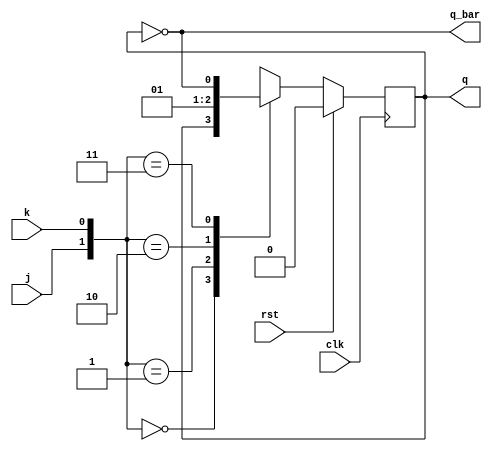
module jkflip(j,k,clk,rst,q,q_bar);
input j,k,clk,rst;
output reg q;
output q_bar;

always@(posedge clk)
  begin
    if(rst)
	 q<=1'b0;
     else 
case({j,k})
         2'b00:q<=q;
         2'b01:q<=1'b0;
         2'b10:q<=1'b1;
         2'b11:q<=~q;
       endcase
    end
	assign q_bar=~q; 

endmodule